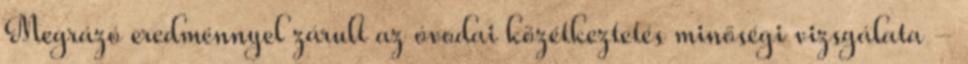
Megrázó eredménnyel zárult az óvodai közétkeztetés minőségi vizsgálata -